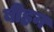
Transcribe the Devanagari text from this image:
बीहन